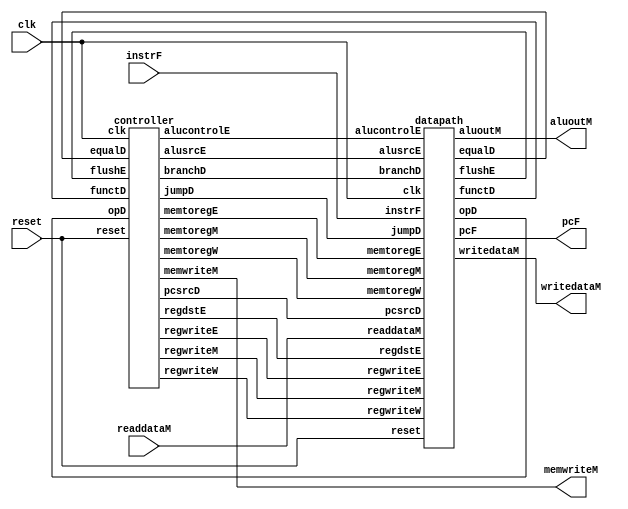
`timescale 1ns / 1ps
//////////////////////////////////////////////////////////////////////////////////
// Company: 
// Engineer: 
// 
// Design Name: 
// Module Name:    mipspipe 
// Project Name: 
// Target Devices: 
// Tool versions: 
// Description: 
//
// Dependencies: 
//
// Revision: 
// Revision 0.01 - File Created
// Additional Comments: 
//
//////////////////////////////////////////////////////////////////////////////////
module mipspiper(clk, reset, pcF, instrF, memwriteM, aluoutM, writedataM, readdataM);

	input clk, reset;
	input [31:0] instrF, readdataM;
	output [31:0] pcF, aluoutM, writedataM;
	output memwriteM;
	
	wire [5:0] opD, functD;
	wire [1:0] pcsrcD;
	wire regdstE, alusrcE, memtoregE, memtoregM, memtoregW, regwriteE, regwriteM, regwriteW;
	wire [2:0] alucontrolE;
	wire flushE, equalD;

	controller c(clk, reset, opD, functD, flushE, equalD,memtoregE, memtoregM, memtoregW, memwriteM, pcsrcD,
						branchD,alusrcE, regdstE, regwriteE, regwriteM, regwriteW, jumpD, alucontrolE);

	datapath dp(clk, reset, memtoregE, memtoregM, memtoregW, pcsrcD, branchD, alusrcE, regdstE, regwriteE,
					regwriteM, regwriteW, jumpD, alucontrolE, equalD, pcF, instrF, aluoutM, writedataM, readdataM,
						opD, functD, flushE);

endmodule

	
module controller(clk, reset, opD, functD, flushE, equalD, memtoregE, memtoregM, memtoregW, memwriteM, pcsrcD,
						branchD, alusrcE, regdstE, regwriteE, regwriteM, regwriteW, jumpD, alucontrolE);

	input clk, reset, flushE, equalD;
	input [5:0] opD, functD;
	output memtoregE, memtoregM, memtoregW, memwriteM, branchD; 
	output alusrcE, regdstE, regwriteE, regwriteM, regwriteW, jumpD;
	output [2:0] alucontrolE;
	output [1:0]pcsrcD;
	
	wire [1:0] aluopD;
	wire memtoregD, memwriteD, alusrcD, regdstD, regwriteD;
	wire [2:0] alucontrolD;
	wire memwriteE;

	maindec md(opD, memtoregD, memwriteD, branchD, alusrcD, regdstD, regwriteD, jumpD, aluopD);
	aludec ad(functD, aluopD, alucontrolD);

	assign pcsrcD = {jumpD, (branchD & equalD)};

	// pipeline registers
	RegWClr #(8) regE(clk, reset, flushE, 
			{memtoregD, memwriteD, alusrcD, regdstD, regwriteD, alucontrolD},
			{memtoregE, memwriteE, alusrcE, regdstE, regwriteE, alucontrolE});
	RegWOClear #(3) regM(clk, reset, {memtoregE, memwriteE, regwriteE}, {memtoregM, memwriteM, regwriteM});
	RegWOClear #(2) regW(clk, reset, {memtoregM, regwriteM}, {memtoregW, regwriteW});

endmodule

module maindec(op, memtoreg, memwrite, branch, alusrc, regdst, regwrite, jump, aluop);

	input [5:0] op;
	output memtoreg, memwrite, branch, alusrc, regdst, regwrite, jump;
	output [1:0] aluop;
	
	reg [8:0] controls;

	assign {regwrite, regdst, alusrc, branch, memwrite, memtoreg, jump, aluop} = controls;

	always @(*)
		case(op)
			6'b000000: controls <= 9'b110000010; //Rtyp
			6'b100011: controls <= 9'b101001000; //LW
			6'b101011: controls <= 9'b001010000; //SW
			6'b000100: controls <= 9'b000100001; //BEQ
			6'b001000: controls <= 9'b101000000; //ADDI
			6'b000010: controls <= 9'b000000100; //J
			default: controls <= 9'bxxxxxxxxx; //???
	endcase

endmodule

module aludec(funct, aluop, alucontrol);

	input [5:0] funct;
	input [1:0] aluop;
	output reg [2:0] alucontrol;
	
	always @(*)
		case(aluop)
		2'b00: alucontrol <= 3'b010; // add
		2'b01: alucontrol <= 3'b110; // sub
		default: case(funct) // RTYPE
					6'b100000: alucontrol <= 3'b010; // ADD
					6'b100010: alucontrol <= 3'b110; // SUB
					6'b100100: alucontrol <= 3'b000; // AND
					6'b100101: alucontrol <= 3'b001; // OR
					6'b101010: alucontrol <= 3'b111; // SLT
					default: alucontrol <= 3'bxxx; // ???
				
				endcase
		endcase

endmodule

module datapath(clk, reset, memtoregE, memtoregM, memtoregW, pcsrcD, branchD, alusrcE, regdstE, regwriteE, regwriteM,
						regwriteW, jumpD, alucontrolE, equalD, pcF, instrF, aluoutM, writedataM, readdataM, opD, functD,
							flushE);

	input clk, reset, memtoregE, memtoregM, memtoregW, branchD, alusrcE, regdstE, regwriteE, regwriteM, regwriteW, jumpD;
	input [2:0] alucontrolE;
	input [1:0] pcsrcD;
	input [31:0] instrF, readdataM;
	output equalD, flushE;
	output [5:0] opD, functD;
	output [31:0] pcF, aluoutM, writedataM;
	
	wire forwardaD, forwardbD;
	wire [1:0] forwardaE, forwardbE;
	wire stallF;
	wire [4:0] rsD, rtD, rdD, rsE, rtE, rdE;
	wire [4:0] writeregE, writeregM, writeregW;
	wire flushD;
	wire [31:0] pcnextFD;
	wire [31:0] pcnextbrFD, pcplus4F, pcbranchD;
	wire [31:0] signimmD, signimmE, signimmshD;
	wire [31:0] srcaD, srca2D, srcaE, srca2E;
	wire [31:0] srcbD, srcb2D, srcbE, srcb2E, srcb3E;
	wire [31:0] pcplus4D, instrD;
	wire [31:0] aluoutE, aluoutW;
	wire [31:0] readdataW, resultW;
	wire pcsrcjbr;
	assign pcsrcjbr = ( pcsrcD[1] | pcsrcD[0] );
	

	// hazard detection
	hazard h(rsD, rtD, rsE, rtE, writeregE, writeregM, writeregW,regwriteE, regwriteM, regwriteW, memtoregE,
				memtoregM, branchD, forwardaD, forwardbD, forwardaE, forwardbE, stallF, stallD, flushE, jumpD);

	// next PC logic (operates in fetch and decode)
	mux3input #(32) pcbrmux(pcplus4F, pcbranchD, {pcplus4D[31:28],instrD[25:0],2'b00}, pcsrcD, pcnextFD);
	//mux2input #(32) pcmux(pcnextbrFD,{pcplus4D[31:28], instrD[25:0], 2'b00}, jumpD, pcnextFD);

	// register file (operates in decode and writeback)
	regfile rf(clk, regwriteW, rsD, rtD, writeregW, resultW, srcaD, srcbD);

	// Fetch stage logic
	RegWenable #(32) pcreg(clk, reset, ~stallF, pcnextFD, pcF);
	adder pcadd1(pcF, 32'b100, pcplus4F);
   RegWenablec #(32) r1D(clk, reset, ~stallD, flushD, pcplus4F, pcplus4D);
	RegWenablec #(32) r2D(clk, reset, ~stallD, flushD, instrF, instrD);
	
	// Decode stage
	signext ext(instrD[15:0], signimmD);
	ShiftL2 immsh(signimmD, signimmshD);
	adder pcadd2(pcplus4D, signimmshD, pcbranchD);
	mux2input #(32) forwardadmux(srcaD, aluoutM, forwardaD, srca2D);
	mux2input #(32) forwardbdmux(srcbD, aluoutM, forwardbD, srcb2D);
	eqcmp #(32) comp(srca2D, srcb2D, equalD);

	assign opD = instrD[31:26];
	assign functD = instrD[5:0];
	assign rsD = instrD[25:21];
	assign rtD = instrD[20:16];
	assign rdD = instrD[15:11];
	assign flushD = pcsrcjbr | jumpD;

	// Execute stage
	RegWClr #(32) r1E(clk, reset, flushE, srca2D, srcaE);
	RegWClr #(32) r2E(clk, reset, flushE, srcb2D, srcbE);
	RegWClr #(32) r3E(clk, reset, flushE, signimmD, signimmE);
	
	RegWClr #(5) r4E(clk, reset, flushE, rsD, rsE);
	RegWClr #(5) r5E(clk, reset, flushE, rtD, rtE);
	RegWClr #(5) r6E(clk, reset, flushE, rdD, rdE);
	
	mux3input #(32) forwardaemux(srcaE, resultW, aluoutM, forwardaE, srca2E);
	mux3input #(32) forwardbemux(srcbE, resultW, aluoutM, forwardbE, srcb2E);
	mux2input #(32) srcbmux(srcb2E, signimmE, alusrcE, srcb3E);
	
	alu alu(srca2E, srcb3E, alucontrolE, aluoutE);
	mux2input #(5) wrmux(rtE, rdE, regdstE, writeregE);

	// Memory stage
	RegWOClear #(32) r1M(clk, reset, srcb2E, writedataM);
	RegWOClear #(32) r2M(clk, reset, aluoutE, aluoutM);
	RegWOClear #(5) r3M(clk, reset, writeregE, writeregM);

	// Writeback stage
	RegWOClear #(32) r1W(clk, reset, aluoutM, aluoutW);
	RegWOClear #(32) r2W(clk, reset, readdataM, readdataW);
	RegWOClear #(5) r3W(clk, reset, writeregM, writeregW);
	mux2input #(32) resmux(aluoutW, readdataW, memtoregW, resultW);

endmodule

module hazard(rsD, rtD, rsE, rtE, writeregE, writeregM, writeregW, regwriteE, regwriteM, regwriteW, memtoregE,
					memtoregM, branchD, forwardaD, forwardbD, forwardaE, forwardbE, stallF, stallD, flushE, jumpD);

	input [4:0] rsD, rtD, rsE, rtE, writeregE, writeregM, writeregW;
	input regwriteE, regwriteM, regwriteW, memtoregE, memtoregM, branchD;
	input jumpD;
	output forwardaD, forwardbD, stallF, stallD, flushE;
	output reg [1:0] forwardaE, forwardbE;

	wire lwstallD, branchstallD;

	// forwarding sources to D stage (branch equality)
	assign forwardaD = (rsD !=0 & (rsD == writeregM) & regwriteM);
	assign forwardbD = (rtD !=0 & (rtD == writeregM) & regwriteM);

	// forwarding sources to E stage (ALU)
	always @(*)
		begin
			forwardaE = 2'b00; 
			forwardbE = 2'b00;
			if (rsE != 0)
				if (rsE == writeregM & regwriteM)
					forwardaE = 2'b10;
				else if (rsE == writeregW & regwriteW)
					forwardaE = 2'b01;
						if (rtE != 0)
							if (rtE == writeregM & regwriteM)
								forwardbE = 2'b10;
							else if (rtE == writeregW & regwriteW)
										forwardbE = 2'b01;
		end

	// stalls
	assign #1 lwstallD = memtoregE & (rtE == rsD | rtE == rtD);
	assign #1 branchstallD = branchD & (regwriteE & (writeregE == rsD | writeregE == rtD) | memtoregM & (writeregM == rsD | writeregM == rtD));
	assign #1 stallD = lwstallD | branchstallD;
	assign #1 stallF = stallD;

	// stalling D stalls all previous stages
	assign #1 flushE = stallD | jumpD;


endmodule

module eqcmp # (parameter WIDTH = 8) (a, b, y);

	input [WIDTH-1:0] a, b;
	output y;

	assign y = (a === b);
		
endmodule 



module alu(A,B,F,Y);
	
	input [31:0] A;
	input [31:0] B;
	input [2:0] F;
	output reg [31:0] Y;
	
	wire Cin;
	wire [31:0] ss, outb;
	
	assign outb = F[2]  ? ~B : B; // sets outb to be in either subtractor or add form 
	assign ss = A + outb + F[2];  // can be either a subtractor or an adder 
	
	
	always @(*)
	case (F[2:0])
		3'b00: Y = A & outb;
		3'b01: Y = A | outb ;
		3'b10: Y = ss;
		3'b11: Y = ss[31];
		
		3'b000: Y = A & B;
		3'b001: Y = A | B;
		3'b010: Y = A + B;
		3'b100: Y = A & (~B);
		3'b101: Y = A | (~B);
		3'b110: Y = A + ((~B) + 1);
		3'b111: begin
			if(A<B) begin
			Y = 5'b00001;
				end
				end
		endcase

endmodule

module adder (a, b, y);

	input [31:0] a, b;
	output [31:0] y;

	assign y = a + b;

endmodule 

module signext (a, y);

	input [15:0] a;
	output [31:0] y;
	
	assign y = {{16{a[15]}}, a};

endmodule

module ShiftL2 (a, y);

	input [31:0] a;
	output [31:0] y;

	// shift left by 2
	assign y = {a[29:0], 2'b00};

endmodule 

module mux2input # (parameter WIDTH = 8)
				  (input [WIDTH-1:0] d0, d1, input s, output [WIDTH-1:0] y);

	assign y = s ? d1 : d0;

endmodule 

module mux3input #(parameter WIDTH = 8)
				 (input [WIDTH-1:0] d0, d1, d2, input [1:0] s, output [WIDTH-1:0] y);

	assign  y = s[1] ? d2 : (s[0] ? d1 : d0);

endmodule 

module regfile (clk, we3, ra1, ra2, wa3, wd3, rd1, rd2);

	input clk, we3;
	input [4:0] ra1, ra2, wa3;
	input [31:0] wd3;
	output [31:0] rd1, rd2;

	reg [31:0] rf[63:0];

	// three ported register file
	// read two ports combinationally
	// write third port on rising edge of clock
	// register 0 hardwired to 0
	//Note: for pipelined processor, write third port 
	// on falling edge of clk
	
	always @ (negedge clk)
		if (we3) rf[wa3] <= wd3;

	assign rd1 = (ra1 != 0) ? rf[ra1] : 0;
	assign rd2 = (ra2 != 0) ? rf[ra2] : 0;

endmodule 

module RegWOClear # (parameter WIDTH = 8)
					(input clk, reset, input [WIDTH-1:0] d, output reg [WIDTH-1:0] q);

	always @ (posedge clk, posedge reset)
		if (reset) q <= 0;
		else q <= d;

endmodule 

module RegWClr #(parameter WIDTH = 8)
					(input clk, reset, clear, input [WIDTH-1:0] d, output reg [WIDTH-1:0] q);

	always @(posedge clk, posedge reset)
		if (reset) q <= #1 0;
		else if (clear) q <= #1 0;
			  else q <= #1 d;

endmodule

module RegWenable #(parameter WIDTH = 8)
					 (input clk, reset, en, input [WIDTH-1:0] d, output reg [WIDTH-1:0] q);

	always @(posedge clk, posedge reset)
		if (reset) q <= #1 0;
		else if (en) q <= #1 d;

endmodule

module RegWenablec #(parameter WIDTH = 8)
					  (input clk, reset, input en, clear, input [WIDTH-1:0] d, output reg [WIDTH-1:0] q);

	always @(posedge clk, posedge reset)
		if (reset) q <= #1 0;
		else if (clear) q <= #1 0;
				else if (en) q <= #1 d;

endmodule

module imem(a, rd);

	input [5:0] a;
	output [31:0] rd;

	reg [31:0] RAM[63:0];

	initial begin
				$readmemh("memfile.dat",RAM);
			  end
			  
	assign rd = RAM[a]; // word aligned

endmodule

module dmem(clk, we, a, wd, rd);

	input clk, we;
	input [31:0] a, wd;
	output [31:0] rd;
	

	reg [31:0] RAM[63:0];

	initial begin
				$readmemh("memfile.dat",RAM);
			  end
			  
	assign rd = RAM[a[31:2]]; // word aligned

	always @(posedge clk)
		if (we)
			RAM[a[31:2]] <= wd;

endmodule